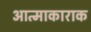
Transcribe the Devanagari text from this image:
आत्माकाराक